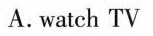
A.watch TV